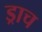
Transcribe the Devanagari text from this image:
ड्राच